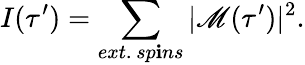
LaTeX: I(\tau^{\prime})=\sum_{ext.\, sp\mathbf{i}ns}|\mathscr{{M}}(\tau^{\prime})|^{2}.